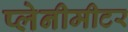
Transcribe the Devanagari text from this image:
प्लेनीमीटर